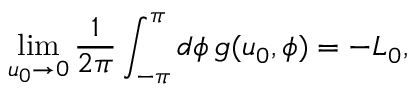
\operatorname * { l i m } _ { u _ { 0 } \rightarrow 0 } \frac { 1 } { 2 \pi } \int _ { - \pi } ^ { \pi } d \phi \, g ( u _ { 0 } , \phi ) = - L _ { 0 } ,